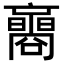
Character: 𡄚